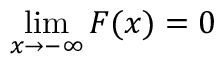
\operatorname* { l i m } _ { x \rightarrow - \infty } F ( x ) = 0